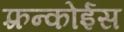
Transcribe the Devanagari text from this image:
फ़्रन्कोईस